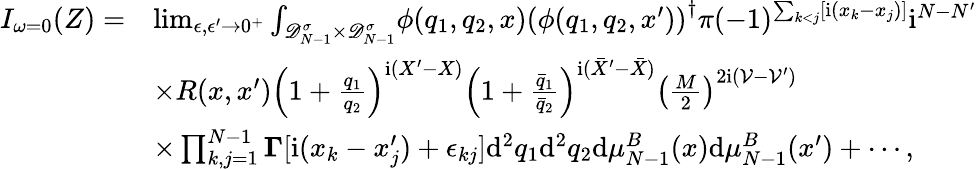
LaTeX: \begin{array}{rl}{I_{\omega=0}(Z)=}&{\operatorname*{lim}_{\epsilon,\epsilon^{\prime}\to 0^{+}}\int_{\mathscr D_{N-1}^{\sigma}\times\mathscr D_{N-1}^{\sigma}}\! \phi(q_{1},q_{2},x)\left(\phi(q_{1},q_{2},x^{\prime})\right)^{\dagger}\pi(-1)^{\sum_{k<j}[\mathrm{i}(x_{k}-x_{j})]}\mathrm{i}^{N-N^{\prime}}}\\ &{\times R(x,x^{\prime})\left(1+\frac{q_{1}}{q_{2}}\right)^{\mathrm{i}(X^{\prime}-X)}\left(1+\frac{\bar{q}_{1}}{\bar{q}_{2}}\right)^{\mathrm{i}(\bar{X}^{\prime}-\bar{X})}\left(\frac M2\right)^{2\mathrm{i}(\mathcal V-\mathcal V^{\prime})}}\\ &{\times\prod_{k,j=1}^{N-1}\boldsymbol\Gamma[\mathrm{i}(x_{k}-x_{j}^{\prime})+\epsilon_{kj}]\mathrm{d}^{2}q_{1}\mathrm{d}^{2}q_{2}\mathrm{d}\mu_{N-1}^{B}(x)\mathrm{d}\mu_{N-1}^{B}(x^{\prime})+\cdots,}\end{array}